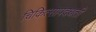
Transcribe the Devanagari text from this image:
चिकित्सापदधती